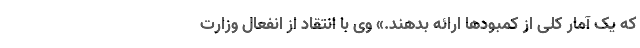
که یک آمار کلی از کمبودها ارائه بدهند.» وی با انتقاد از انفعال وزارت